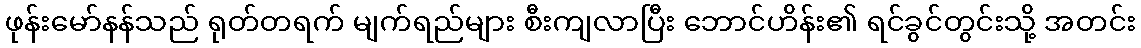
ဖုန်းမော်နန်သည် ရုတ်တရက် မျက်ရည်များ စီးကျလာပြီး ဘောင်ဟိန်း၏ ရင်ခွင်တွင်းသို့ အတင်း